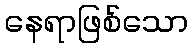
နေရာဖြစ်သော